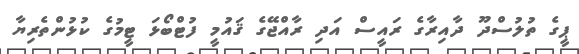
ޕީގެ ތުލުސްދޫ ދާއިރާގެ ރައީސް އަދި ރާއްޖޭގެ ޤައުމީ ފުޓްބޯޅަ ޓީމުގެ ކުޅުންތެރިޔާ